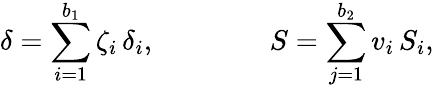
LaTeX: \delta=\sum_{i=1}^{b_{1}}\zeta_{i}\, \delta_{i},\qquad\qquad S=\sum_{j=1}^{b_{2}}v_{i}\, S_{i},